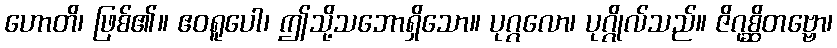
ဟောတိ၊ ဖြစ်၏။ ဧဝရူပေါ၊ ဤသို့သဘောရှိသော။ ပုဂ္ဂလော၊ ပုဂ္ဂိုလ်သည်။ ဇိဂုစ္ဆိတဗ္ဗော၊